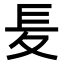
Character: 𡕣